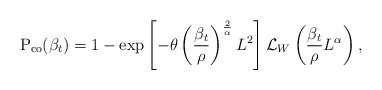
\begin{align*} \textrm{P}_\textrm{co} (\beta_t) = 1- \exp \left[ - \theta \left(\frac{\beta_t}{\rho}\right)^{\frac{2}{\alpha}} L^2 \right] \mathcal{L}_{W} \left( \frac{\beta_t}{\rho} L^\alpha \right),\end{align*}